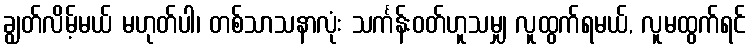
ချွတ်လိမ့်မယ် မဟုတ်ပါ၊ တစ်သာသနာလုံး သင်္ကန်းဝတ်ဟူသမျှ လူထွက်ရမယ်, လူမထွက်ရင်